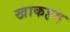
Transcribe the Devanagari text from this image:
खाकहम